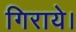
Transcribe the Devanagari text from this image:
गिराये।